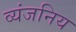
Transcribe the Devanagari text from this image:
व्यंजनिय